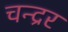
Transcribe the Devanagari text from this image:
चन्द्रर